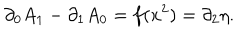
LaTeX: \partial _ { 0 } A _ { 1 } - \partial _ { 1 } A _ { 0 } = f ( x ^ { 2 } ) = \partial _ { 2 } \eta .